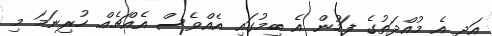
އަދި އެ މުއްދަތުގެ ފަހުން އެ ބިމުގައި އެއްވެސް އެއްޗެއް ހުރިނަމަ މި